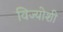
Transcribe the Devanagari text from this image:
विज्योशी